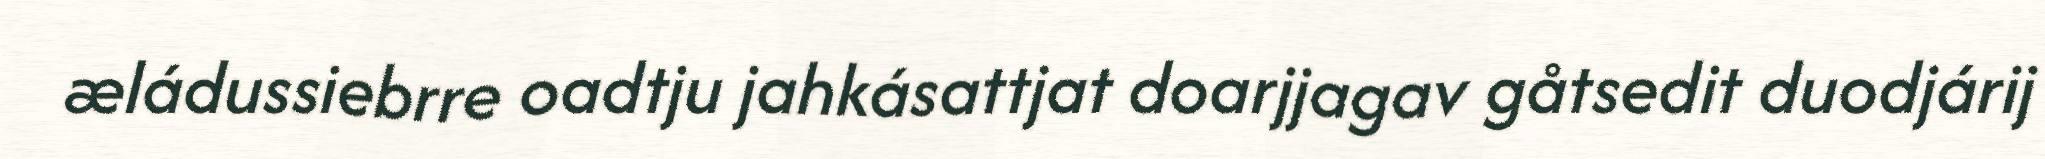
æládussiebrre oadtju jahkásattjat doarjjagav gåtsedit duodjárij